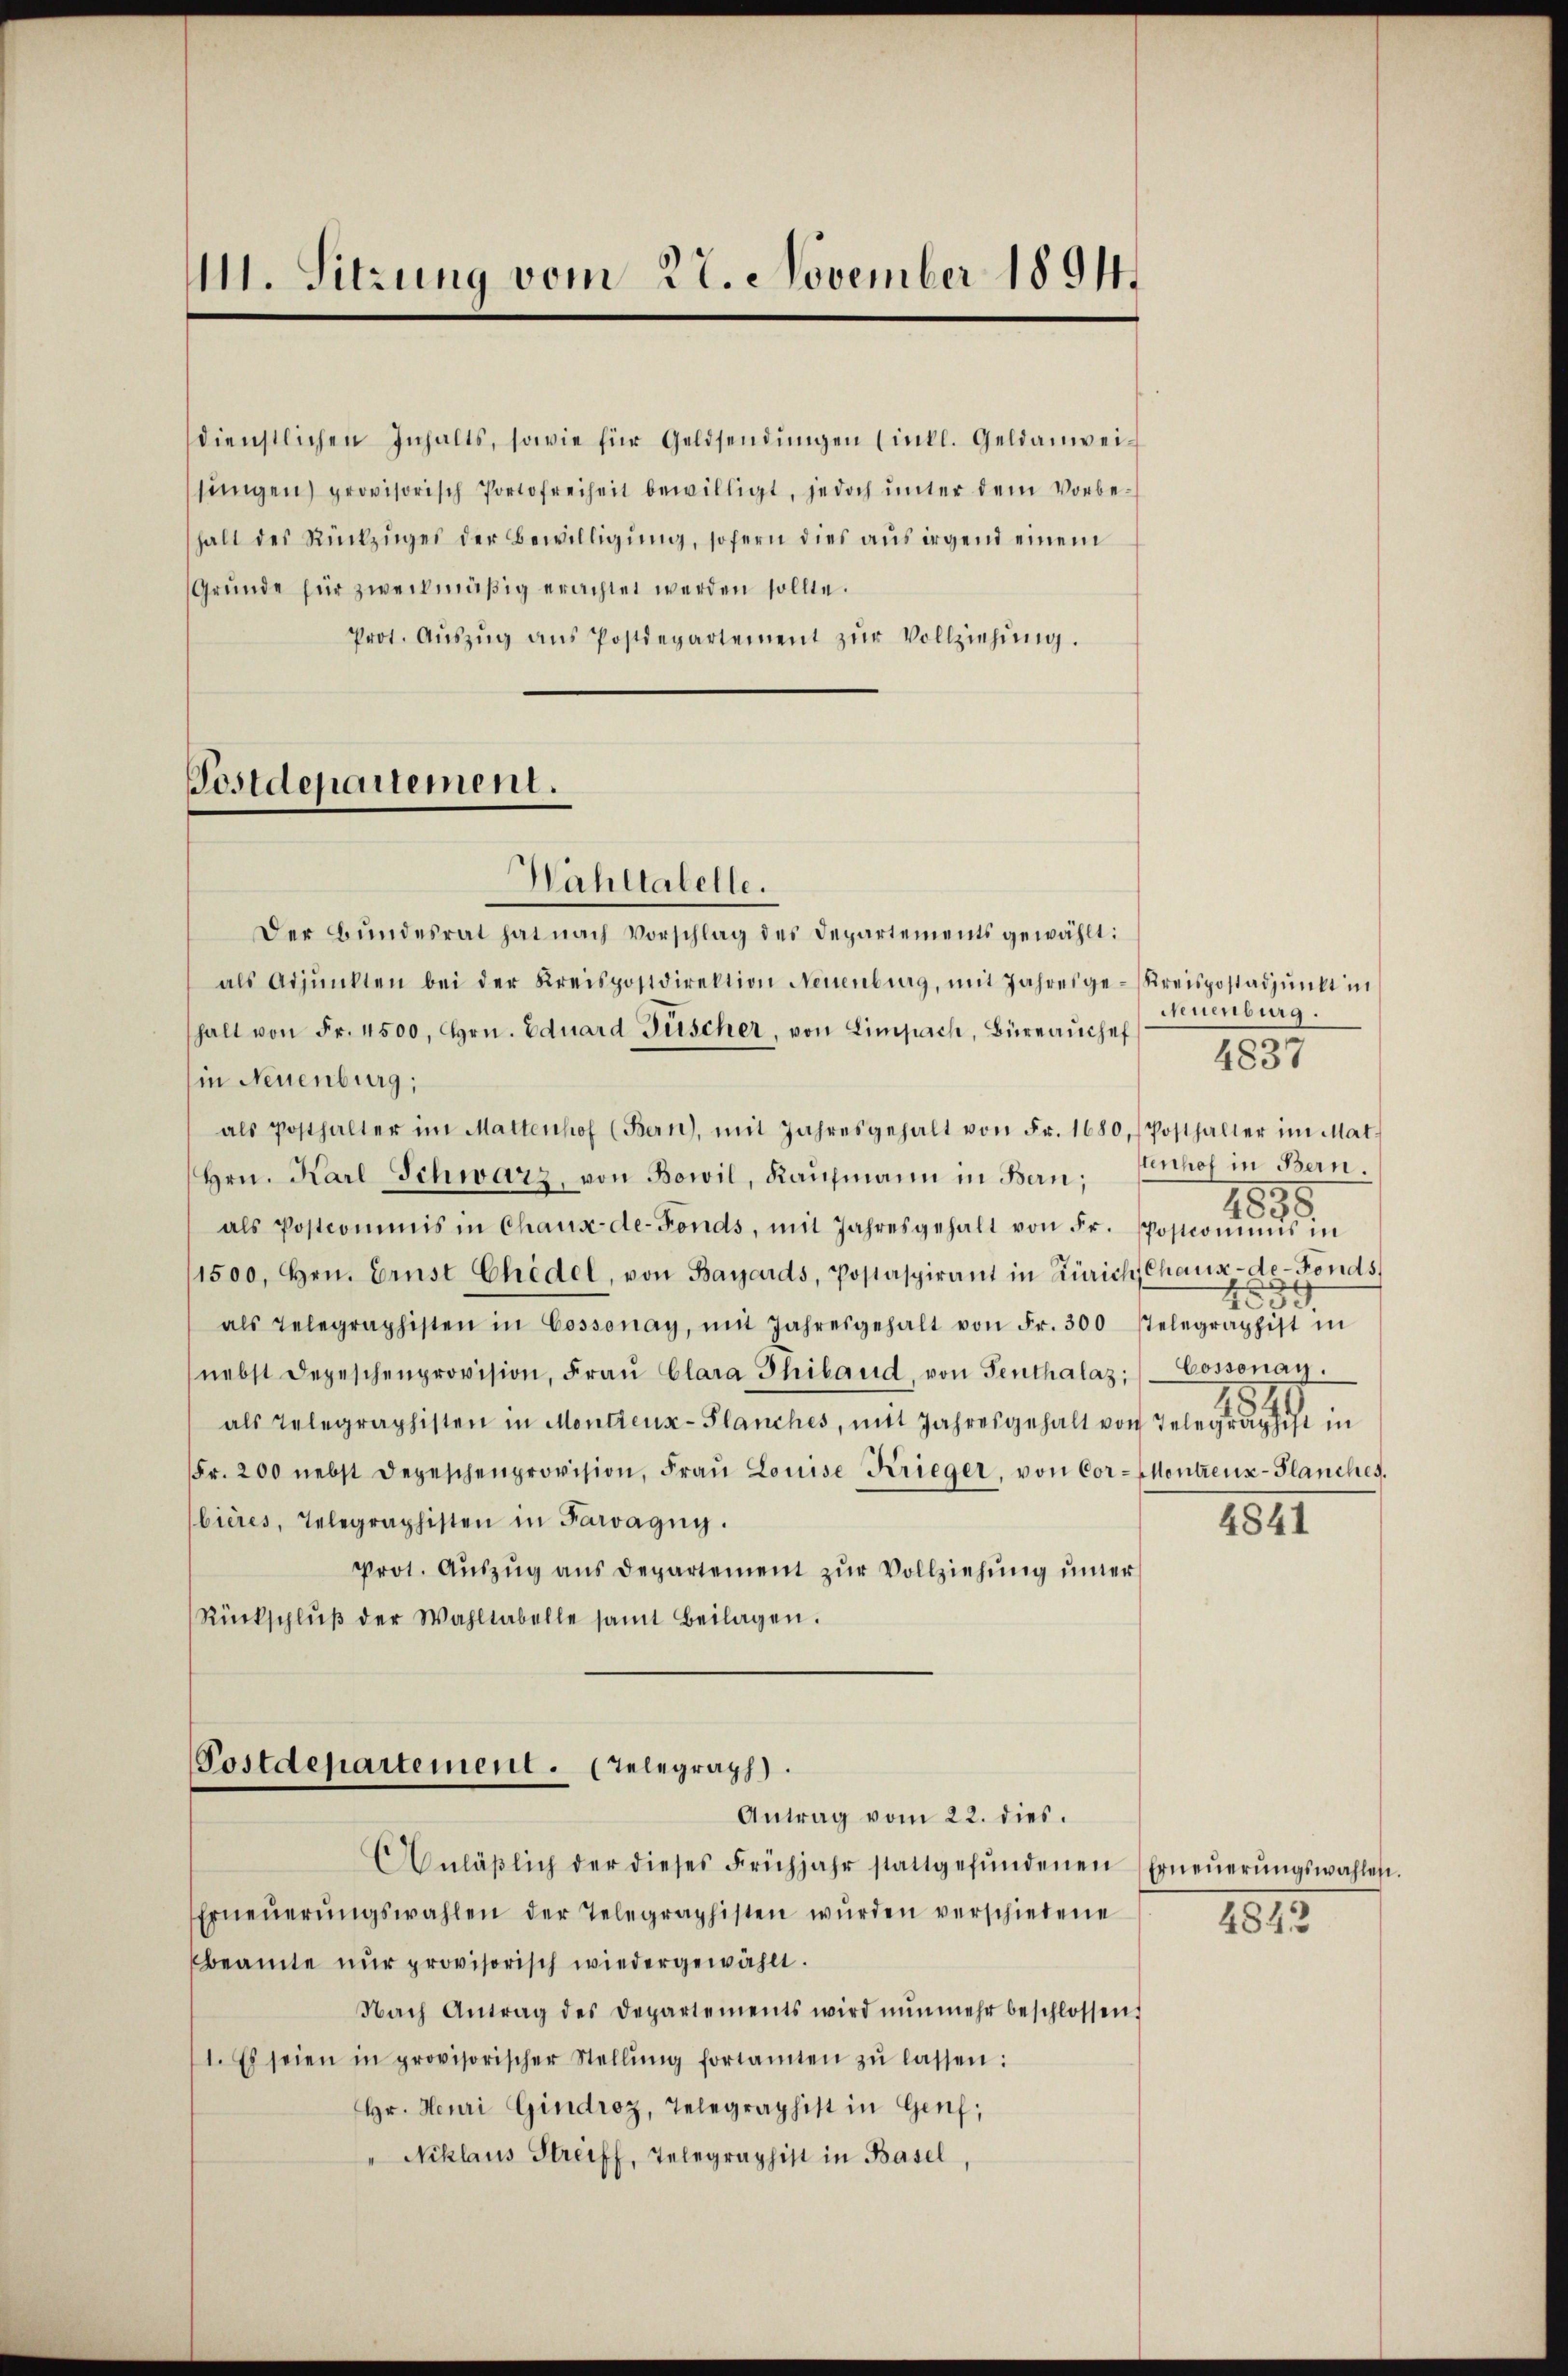
111. Sitzung vom 22. November 1894.

Gründe für zweckmäßig erachtet werden sollte.
Prot. Aŭszŭg ans Postdepartement zŭr Vollziehŭng.

Postdepartement.
Wahltatelle.

dienstlichen Inhalts, sowie für Geldsendŭngen (intl. Geldanweisŭngen) provisorisch Portofreiheit bewilligt, jedoch ŭnter dem Vorbe-
halt des Rückzuges der Bewilligung, sofern dies aus irgend einem

Der Bundesrat hat nach Vorschlag des Departements gewählt:
als Adjunkten bei der Kreispostdirektion Neuenburg, mit Jahresge-Kreispostadpŭnkt in
halt von Fr. 4500, Hrn. Eduard Füscher, von Limpach, Büreaŭchef
in Neuenburg,
als Posthalter im Mattenhof (Bern, mit Jahresgehalt von Fr. 1680, (Posthalter im Mat-
Hrn. Karl Schwarz, von Bowil, Kaufmann in Bern: Fenhof in Bern
als Postcommis in Chaux-de-Fonds, mit Jahresgehalt von Fr. Postcomuns in
1500, Hrn. Ernst Chedel, von Bayards, Postaspirant in Zürich Chaux-de-Fonds,
als Telegraphisten in Cossonay, mit Jahresgehalt von Fr. 300 stelegraphist in
nebst Depeschenprovision, Fraŭ Clara Thiband, von Senthalaz: Cossonay.
als Telegraphisten in Montreux-Planches, mit Jahresgehalt von Telegraphist in
Fr. 200 nebst Depeschenprovision, Fraŭ Louise Krieger, von Cor-Montreux-Planches.
bières, Telegraphisten in Paragny.
4841
Prot. Aŭszŭg ans Departement zŭr Vollziehŭng uner
Rückschlŭβ der Wahltabelle samt Beilagen.

Postdepartement. (Telegraph.
Antrag vom 22. dies.

Anläβlich der dieses Frühjahr stattgefŭndenen Erneŭerŭngswahlen.
Erneŭerŭngswahlen der Telegraphisten wŭrden verschiedene
beamte nŭr provisorisch wiedergewählt.
Nach Antrag des Departements wird nŭnmehr beschlossen,
1. Es seien in provisorischer Stellŭng fortamten zŭ lassen:
Hr. Heuri Gindroz, Telegraphist in Genf,
" Niklaus Streiff, Telegraphist in Basel,

Neuenburg.
4837
1895
d
551

4843